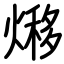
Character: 熪